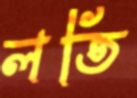
লতি